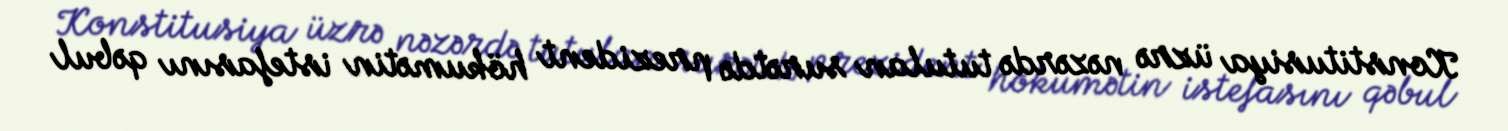
Konstitusiya üzrə nəzərdə tutulan surətdə prezident hökumətin istefasını qəbul